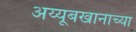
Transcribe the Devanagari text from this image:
अय्यूबखानाच्या